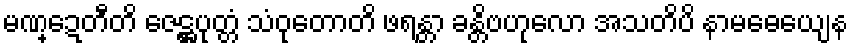
မဏ္ဍေတီတိ ဇေဋ္ဌပုတ္တံ သံဝုတောတိ ဖရန္တာ ခန္တိဗဟုလော အသတိပိ နာမဓေယျေန